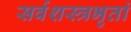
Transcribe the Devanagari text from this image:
सर्वशस्त्रभृतां